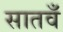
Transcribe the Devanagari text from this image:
सातवँ